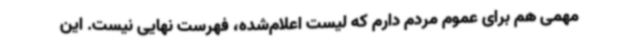
مهمی هم برای عموم مردم دارم که لیست اعلام‌شده، فهرست نهایی نیست. این